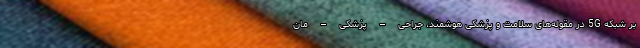
بر شبکه 5G در مقوله‌های سلامت و پزشکی هوشمند، جراحی – پزشکی – مان